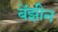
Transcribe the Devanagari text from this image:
बेंझीन